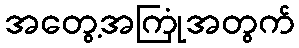
အတွေ့အကြုံအတွက်